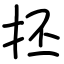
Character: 抷